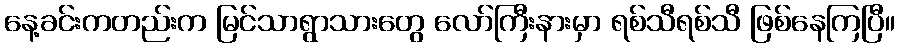
နေ့ခင်းကတည်းက မြင်သာရွာသားတွေ လော်ကြီးနားမှာ ရစ်သီရစ်သီ ဖြစ်နေကြပြီ။